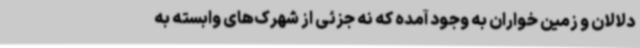
دلالان و زمین خواران به وجود آمده که نه جزئی از شهرک‌های وابسته به